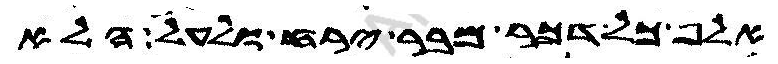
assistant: אלף כל דכר מבר ירח ולעל הלא